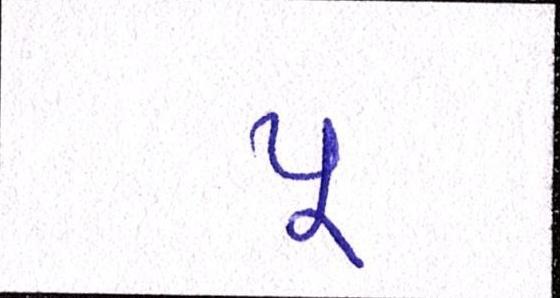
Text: પૂ